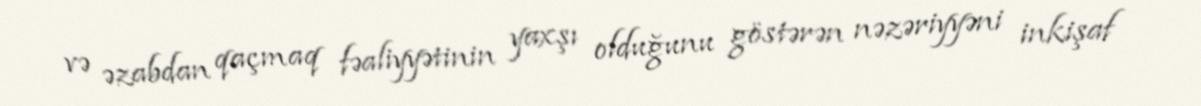
və əzabdan qaçmaq fəaliyyətinin yaxşı olduğunu göstərən nəzəriyyəni inkişaf